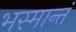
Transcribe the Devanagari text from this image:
भस्मान्तं